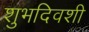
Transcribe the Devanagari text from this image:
शुभदिवशी